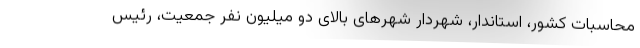
محاسبات کشور، استاندار، شهردار شهرهای بالای دو میلیون نفر جمعیت، رئیس